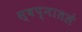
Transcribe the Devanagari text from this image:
स्वप्नातले